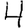
Digit: 4